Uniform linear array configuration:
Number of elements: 8
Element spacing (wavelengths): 0.5
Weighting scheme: blackman
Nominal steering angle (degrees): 30
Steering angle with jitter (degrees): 30.224
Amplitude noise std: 0.05
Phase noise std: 0.05

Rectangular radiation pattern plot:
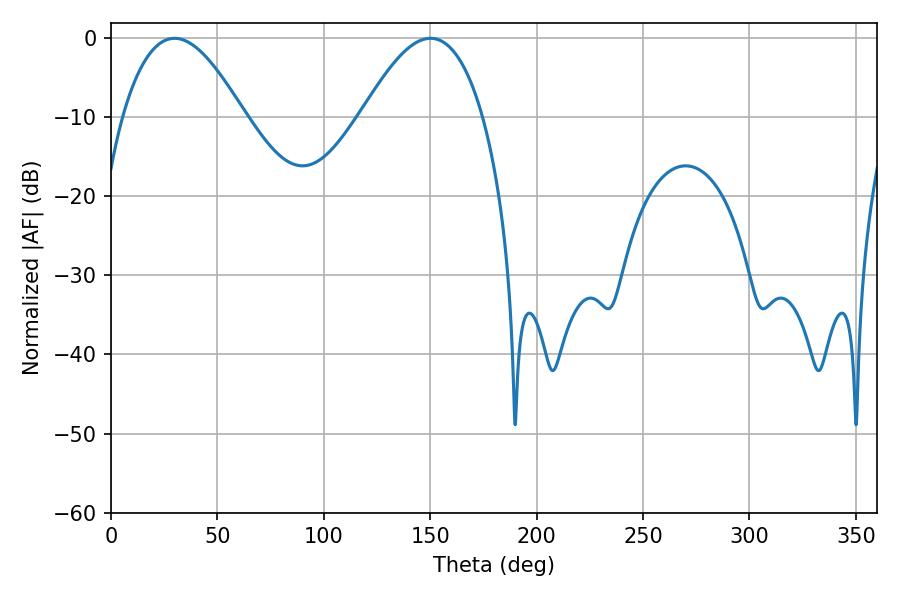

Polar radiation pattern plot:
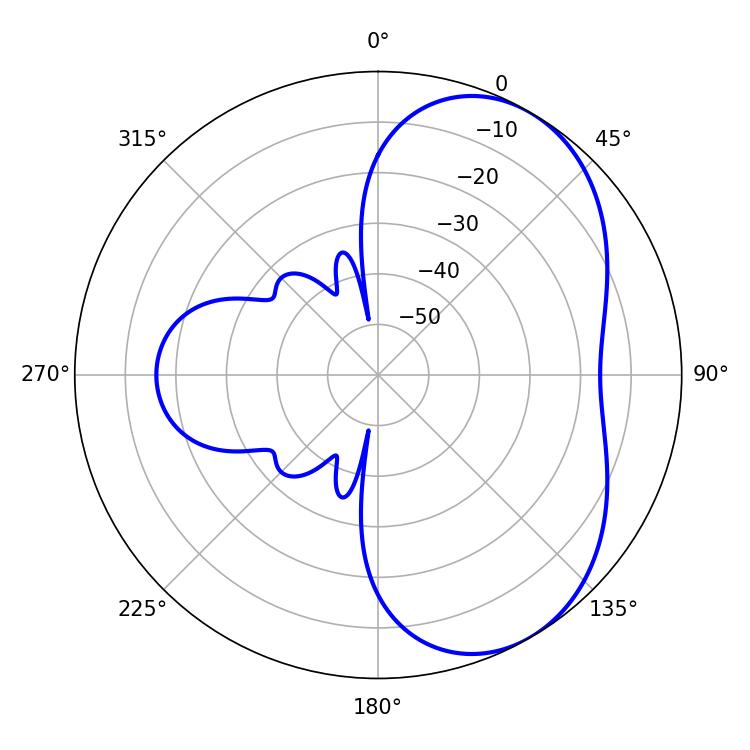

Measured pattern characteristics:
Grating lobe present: FALSE
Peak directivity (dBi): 5.067
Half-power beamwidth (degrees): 31.14
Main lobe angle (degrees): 29.88